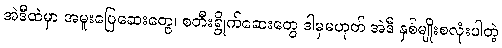
အဲဒီထဲမှာ အမူးပြေဆေးတွေ၊ စတီးရွိုက်ဆေးတွေ ဒါမှမဟုတ် အဲဒီ နှစ်မျိုးစလုံးပါတဲ့